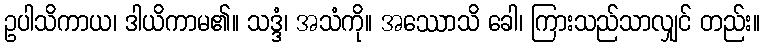
ဥပါသိကာယ၊ ဒါယိကာမ၏။ သဒ္ဒံ၊ အသံကို။ အဿောသိ ခေါ၊ ကြားသည်သာလျှင် တည်း။